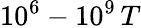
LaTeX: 10^{6}-10^{9}\, T